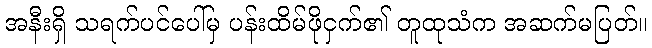
အနီးရှိ သရက်ပင်ပေါ်မှ ပန်းထိမ်ဖိုငှက်၏ တူထုသံက အဆက်မပြတ်။